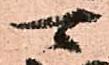
可